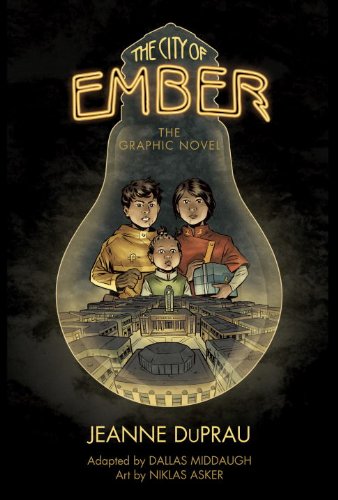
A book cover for The City of Ember: The Graphic Novel (Books of Ember); Jeanne DuPrau; Comics & Graphic Novels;